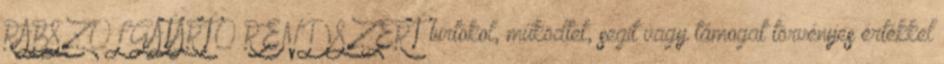
RABSZOLGATARTÓ RENDSZERT birtokol, működtet, segít vagy támogat törvényes értékkel